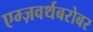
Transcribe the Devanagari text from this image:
एम्ज़वर्थबरोबर